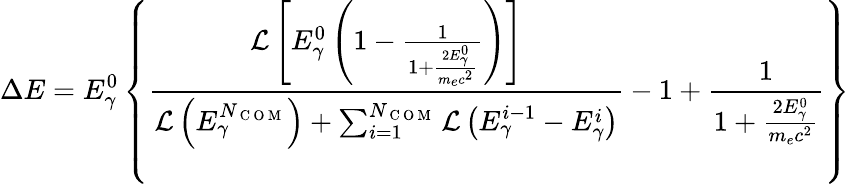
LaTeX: \Delta E=E_{\gamma}^{0}\left\{ \frac{\mathcal{L}\left[E_{\gamma}^{0}\left(1-\frac{1}{1+\frac{2E_{\gamma}^{0}}{m_{e}c^{2}}}\right)\right]}{\mathcal{L}\left(E_{\gamma}^{N_{\mathrm{~C~O~M~}}}\right)+\sum_{i=1}^{N_{\mathrm{~C~O~M~}}}\mathcal{L}\left(E_{\gamma}^{i-1}-E_{\gamma}^{i}\right)}-1+\frac{1}{1+\frac{2E_{\gamma}^{0}}{m_{e}c^{2}}}\right\}